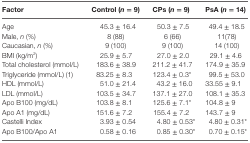
<table><thead><tr><td><b>Factor</b></td><td><b>Control (<i>n</i> = 9)</b></td><td><b>CPs (<i>n</i> = 9)</b></td><td><b>PsA (<i>n</i> = 14)</b></td></tr></thead><tbody><tr><td>Age</td><td>45.3 ± 16.4</td><td>50.3 ± 7.5</td><td>49.4 ± 18.5</td></tr><tr><td>Male, <i>n</i> (%)</td><td>8 (88)</td><td>6 (66)</td><td>11(78)</td></tr><tr><td>Caucasian, <i>n</i> (%)</td><td>9 (100)</td><td>9 (100)</td><td>14 (100)</td></tr><tr><td>BMI (kg/m<sup>2</sup>)</td><td>25.9 ± 5.7</td><td>27.0 ± 2.0</td><td>29.1 ± 4.6</td></tr><tr><td>Total cholesterol (mmol/L)</td><td>183.6 ± 38.9</td><td>211.2 ± 41.7</td><td>174.9 ± 35.9</td></tr><tr><td>Triglyceride (mmol/L) (1)</td><td>83.25 ± 8.3</td><td>123.4 ± 0.3*</td><td>99.5 ± 53.0</td></tr><tr><td>HDL (mmol/L)</td><td>51.0 ± 21.4</td><td>43.2 ± 16.0</td><td>33.55 ± 9.1</td></tr><tr><td>LDL (mmol/L)</td><td>103.5 ± 34.7</td><td>137.1 ± 27.0</td><td>108.1 ± 35.3</td></tr><tr><td>Apo B100 (mg/dL)</td><td>103.8 ± 8.1</td><td>125.6 ± 7.1*</td><td>104.8 ± 9</td></tr><tr><td>Apo A1 (mg/dL)</td><td>151.6 ± 7.2</td><td>155.4 ± 7.2</td><td>143.7 ± 9</td></tr><tr><td>Castelli Index</td><td>3.93 ± 0.54</td><td>4.80 ± 0.53*</td><td>4.80 ± 0.31*</td></tr><tr><td>Apo B100/Apo A1</td><td>0.58 ± 0.16</td><td>0.85 ± 0.30*</td><td>0.70 ± 0.15*</td></tr></tbody></table>